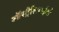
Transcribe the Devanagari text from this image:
ऑस्ट्रैलियाईयो